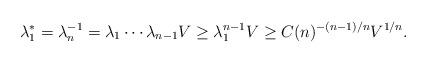
LaTeX: \begin{align*} \lambda^*_1 = \lambda_n^{-1} = \lambda_1\cdots\lambda_{n-1}V \ge \lambda_1^{n-1}V \ge C(n)^{-(n-1)/n} V^{1/n}.\end{align*}